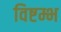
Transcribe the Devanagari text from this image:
विष्टम्भ